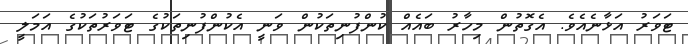
ޓަވަރު އަޅާނެއެވެ. އެގޮތުން މިހާާރު ބައެއް ކުންފުނިތަކުން ވަނީ އެކުންފުނިތަކުގެ ޓަވަރުތަކުގެ އަމަލީ